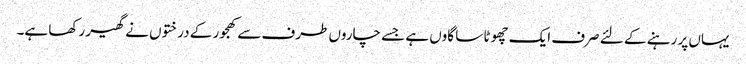
یہاں پر رہنے کے لئے صرف ایک چھوٹا سا گاوں ہے جسے چاروں طرف سے کھجور کے درختوں نے گھیر رکھا ہے۔